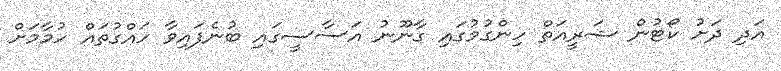
އަދި ދަށު ކޯޓުން ޝަރީއަތް ހިންގުމުގައި ގާނޫނު އަސާސީގައި ބުނެފައިވާ ހައްގުތައް ހުމާމަށް